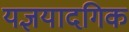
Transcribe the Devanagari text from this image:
यज्ञयादगिक